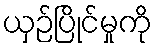
ယှဉ်ပြိုင်မှုကို